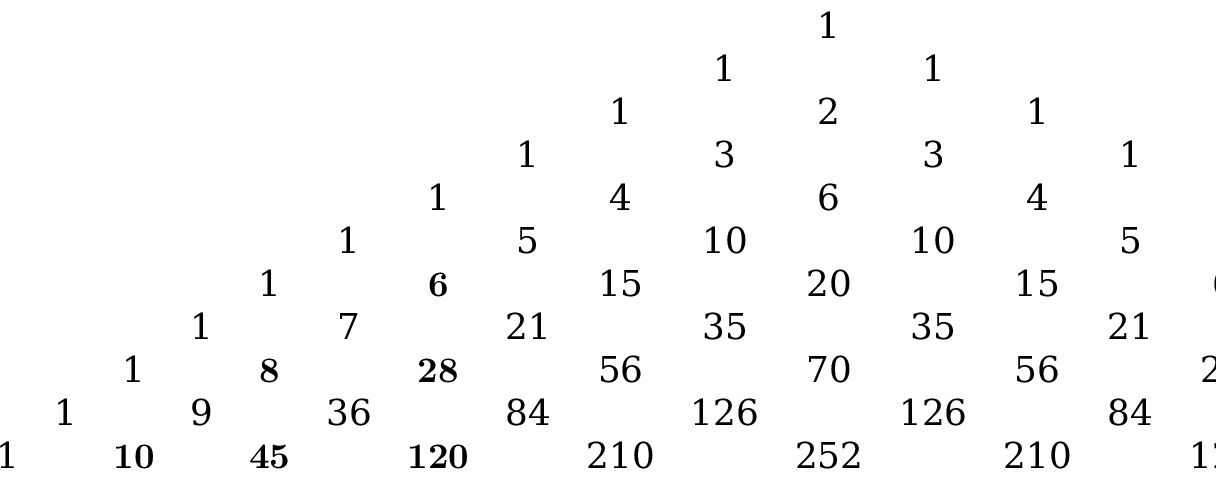
\begin{array} { c c c c c c c c c c c c c c c c c c c c c } { { } } & { { } } & { { } } & { { } } & { { } } & { { } } & { { } } & { { } } & { { } } & { { } } & { { 1 } } & { { } } & { { } } & { { } } & { { } } & { { } } & { { } } & { { } } & { { } } & { { } } & { { } } \\ { { } } & { { } } & { { } } & { { } } & { { } } & { { } } & { { } } & { { } } & { { } } & { { 1 } } & { { } } & { { 1 } } & { { } } & { { } } & { { } } & { { } } & { { } } & { { } } & { { } } & { { } } & { { } } \\ { { } } & { { } } & { { } } & { { } } & { { } } & { { } } & { { } } & { { } } & { { 1 } } & { { } } & { { 2 } } & { { } } & { { 1 } } & { { } } & { { } } & { { } } & { { } } & { { } } & { { } } & { { } } & { { } } \\ { { } } & { { } } & { { } } & { { } } & { { } } & { { } } & { { } } & { { 1 } } & { { } } & { { 3 } } & { { } } & { { 3 } } & { { } } & { { 1 } } & { { } } & { { } } & { { } } & { { } } & { { } } & { { } } & { { } } \\ { { } } & { { } } & { { } } & { { } } & { { } } & { { } } & { { 1 } } & { { } } & { { 4 } } & { { } } & { { 6 } } & { { } } & { { 4 } } & { { } } & { { 1 } } & { { } } & { { } } & { { } } & { { } } & { { } } & { { } } \\ { { } } & { { } } & { { } } & { { } } & { { } } & { { 1 } } & { { } } & { { 5 } } & { { } } & { { 1 0 } } & { { } } & { { 1 0 } } & { { } } & { { 5 } } & { { } } & { { 1 } } & { { } } & { { } } & { { } } & { { } } & { { } } \\ { { } } & { { } } & { { } } & { { } } & { { 1 } } & { { } } & { { { \bf 6 } } } & { { } } & { { 1 5 } } & { { } } & { { 2 0 } } & { { } } & { { 1 5 } } & { { } } & { { 6 } } & { { } } & { { 1 } } & { { } } & { { } } & { { } } & { { } } \\ { { } } & { { } } & { { } } & { { 1 } } & { { } } & { { 7 } } & { { } } & { { 2 1 } } & { { } } & { { 3 5 } } & { { } } & { { 3 5 } } & { { } } & { { 2 1 } } & { { } } & { { 7 } } & { { } } & { { 1 } } & { { } } & { { } } & { { } } \\ { { } } & { { } } & { { 1 } } & { { } } & { { { \bf 8 } } } & { { } } & { { { \bf 2 8 } } } & { { } } & { { 5 6 } } & { { } } & { { 7 0 } } & { { } } & { { 5 6 } } & { { } } & { { 2 8 } } & { { } } & { { 8 } } & { { } } & { { 1 } } & { { } } & { { } } \\ { { } } & { { 1 } } & { { } } & { { 9 } } & { { } } & { { 3 6 } } & { { } } & { { 8 4 } } & { { } } & { { 1 2 6 } } & { { } } & { { 1 2 6 } } & { { } } & { { 8 4 } } & { { } } & { { 3 6 } } & { { } } & { { 9 } } & { { } } & { { 1 } } & { { } } \\ { { 1 } } & { { } } & { { { \bf 1 0 } } } & { { } } & { { { \bf 4 5 } } } & { { } } & { { { \bf 1 2 0 } } } & { { } } & { { 2 1 0 } } & { { } } & { { 2 5 2 } } & { { } } & { { 2 1 0 } } & { { } } & { { 1 2 0 } } & { { } } & { { 4 5 } } & { { } } & { { 1 0 } } & { { } } & { { 1 } } \end{array}